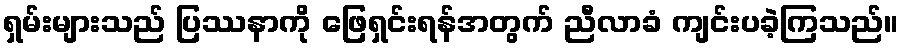
ရှမ်းများသည် ပြဿနာကို ဖြေရှင်းရန်အတွက် ညီလာခံ ကျင်းပခဲ့ကြသည်။